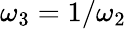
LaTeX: \omega_{3}=1/\omega_{2}